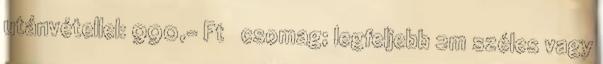
utánvétellel: 990,- Ft csomag; legfeljebb 2m széles vagy